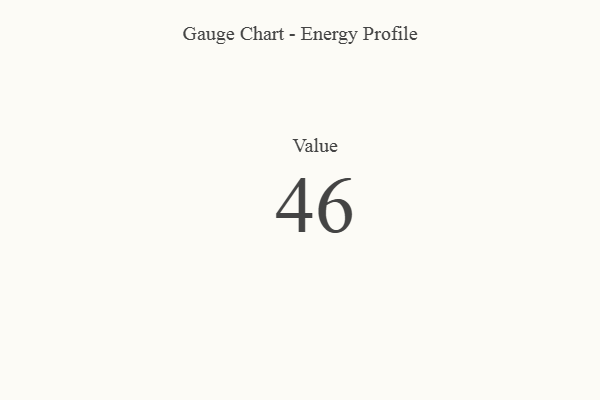
{"axis": {"x": "Metric", "y": "Value"}, "legend": [""], "data": [{"x": "Value", "y": 46, "type": ""}]}